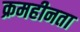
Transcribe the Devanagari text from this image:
क्रमहीनता